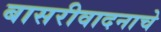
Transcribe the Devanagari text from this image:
बासरीवादनाचे